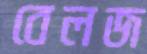
বেলজ